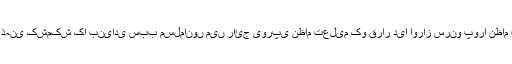
مفکر اسلام مولانا سید ابو الحسن علی ندوی ﷫ نے اپنی تقریروں او رتحریر وں میں اسلامی ملکوں میں ذہنی کشمکش کا بنیادی سبب مسلمانوں میں رائج یورپی نظام تعلیم کو قرار دیا اوراز سرنو پورا نظام تعلیم وضع کرنے کی ضرورت پر زور دیتے ہوئے اس کوعالم اسلام کا سب سے بڑا چیلنچ قرار دیا۔